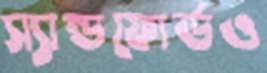
স্যান্ডফোর্ডও